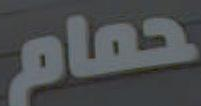
حمام